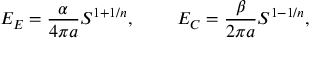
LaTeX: E _ { E } = { \frac { \alpha } { 4 \pi a } } S ^ { 1 + 1 / n } , \ \ \ \ \ \ \ E _ { C } = { \frac { \beta } { 2 \pi a } } S ^ { 1 - 1 / n } ,